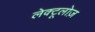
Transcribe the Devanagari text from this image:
लेक्टूलोज़